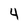
Character: 4